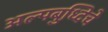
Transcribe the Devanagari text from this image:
अल्पबुध्दिचे